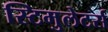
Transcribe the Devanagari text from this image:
स्टिमुलेटर्स